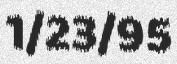
1/23/95